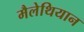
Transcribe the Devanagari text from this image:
मैलेथियान